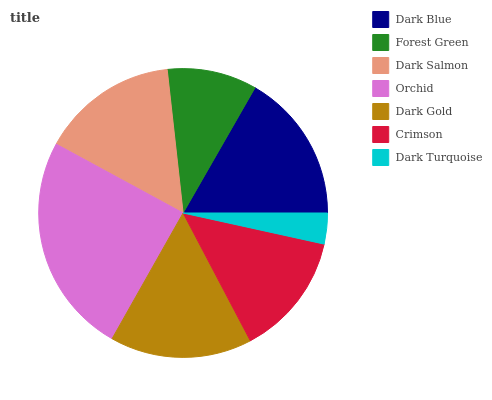
| Dark Blue | Forest Green | Dark Salmon | Orchid | Dark Gold | Crimson | Dark Turquoise |
 | --- | --- | --- | --- | --- | --- | --- |
 | 16.7% | 10% | 15.3% | 24.7% | 15.9% | 13.9% | 3.46% |